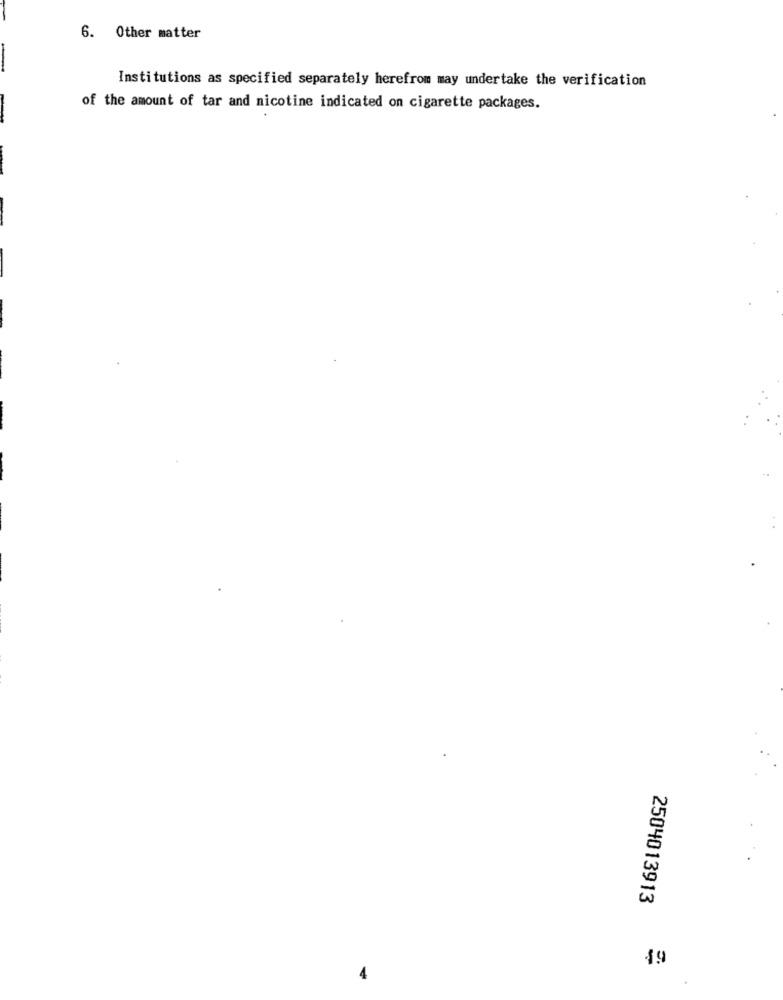
6. Other matter
-
Institutions as specified separately herefrom may undertake the verification
of the amount of tar and nicotine indicated on cigarette packages.
2504013913
1.9